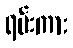
ရမ်းကား